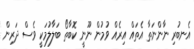
އެނބުރި ނާންނަތާ އެތައް އިރެއް ވުމުން ނޫނީ ކޮބާތޯ ބަލާލުމަކީ ވެސް ދަރިން